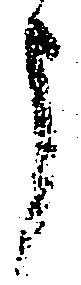
申